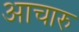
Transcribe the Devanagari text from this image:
आचारु